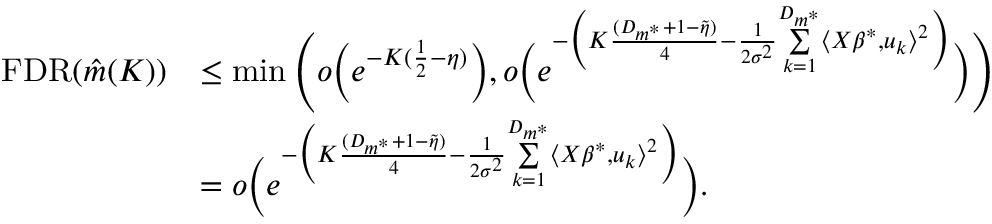
\begin{array} { r l } { \mathrm { F D R } ( \Hat { m } ( K ) ) } & { \leq \operatorname* { m i n } \Bigg ( o \Big ( e ^ { - K ( \frac { 1 } { 2 } - \eta ) } \Big ) , o \bigg ( e ^ { - \Big ( K \frac { ( D _ { m ^ { * } } + 1 - \Tilde { \eta } ) } { 4 } - \frac { 1 } { 2 \sigma ^ { 2 } } \underset { k = 1 } { \overset { D _ { m ^ { * } } } { \sum } } \langle X \beta ^ { * } , u _ { k } \rangle ^ { 2 } \Big ) } \bigg ) \Bigg ) } \\ & { = o \bigg ( e ^ { - \Big ( K \frac { ( D _ { m ^ { * } } + 1 - \Tilde { \eta } ) } { 4 } - \frac { 1 } { 2 \sigma ^ { 2 } } \underset { k = 1 } { \overset { D _ { m ^ { * } } } { \sum } } \langle X \beta ^ { * } , u _ { k } \rangle ^ { 2 } \Big ) } \bigg ) . } \end{array}